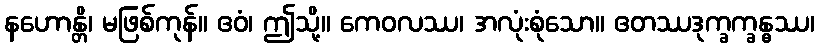
နဟောန္တိ၊ မဖြစ်ကုန်။ ဧဝံ၊ ဤသို့။ ကေဝလဿ၊ အလုံးစုံသော။ ဧတဿဒုက္ခက္ခန္ဓဿ၊